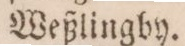
Weßlingby.